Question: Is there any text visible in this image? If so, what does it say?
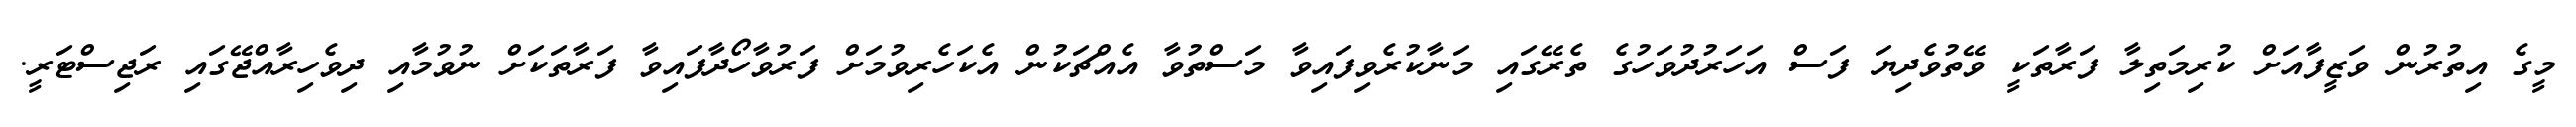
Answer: މީގެ އިތުރުން ވަޒީފާއަށް ކުރިމަތިލާ ފަރާތަކީ ވޭތުވެދިޔަ ފަސް އަހަރުދުވަހުގެ ތެރޭގައި މަނާކުރެވިފައިވާ މަސްތުވާ އެއްޗަކުން އެކަހެރިވުމަށް ފަރުވާހޯދާފައިވާ ފަރާތަކަށް ނުވުމާއި ދިވެހިރާއްޖޭގައި ރަޖިސްޓަރީ.